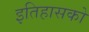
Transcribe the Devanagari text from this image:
इतिहासको